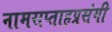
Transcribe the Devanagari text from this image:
नामसप्ताहप्रसंगी